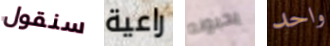
سنقول راعية يحبونه واحد